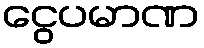
ငွေပမာဏ